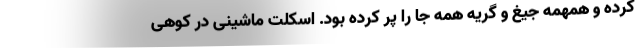
کرده و همهمه جیغ و گریه همه جا را پُر کرده بود. اسکلت ماشینی در کوهی